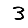
Digit: 3